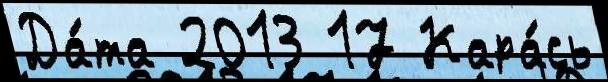
Да́та 2013 17 Кара́сь